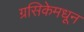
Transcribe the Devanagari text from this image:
ग्रसिकेमधून